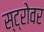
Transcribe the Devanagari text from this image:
स्ट्रोवर